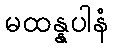
မထန္နပါနံ